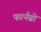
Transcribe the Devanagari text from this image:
फार्नब्रो